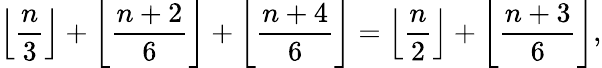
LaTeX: \left\lfloor{\frac{n}{3}}\right\rfloor+\left\lfloor{\frac{n+2}{6}}\right\rfloor+\left\lfloor{\frac{n+4}{6}}\right\rfloor=\left\lfloor{\frac{n}{2}}\right\rfloor+\left\lfloor{\frac{n+3}{6}}\right\rfloor,